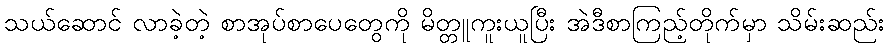
သယ်ဆောင် လာခဲ့တဲ့ စာအုပ်စာပေတွေကို မိတ္တူကူးယူပြီး အဲဒီစာကြည့်တိုက်မှာ သိမ်းဆည်း